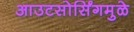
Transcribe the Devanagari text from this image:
आउटसोर्सिंगमुळे